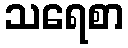
သရေစာ